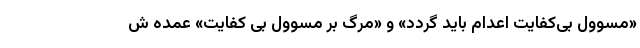
«مسوول بی‌کفایت اعدام باید گردد» و «مرگ بر مسوول بی کفایت» عمده ش